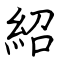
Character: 紹